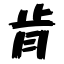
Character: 肯